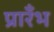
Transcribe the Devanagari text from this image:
प्रारँभ